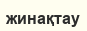
жинақтау